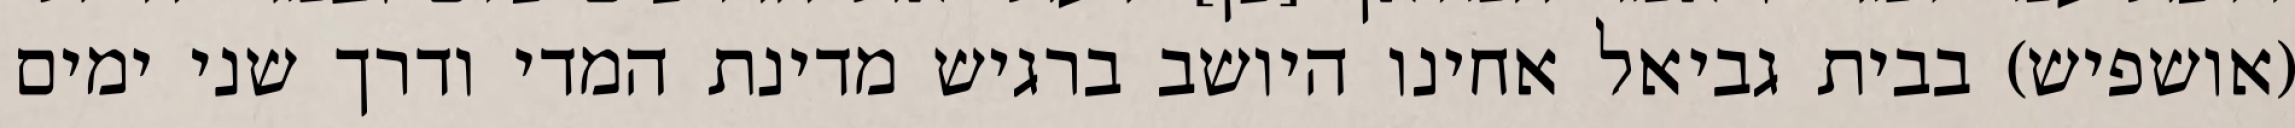
(אושפיש) בבית גביאל אחינו היושב ברגיש מדינת המדי ודרך שני ימים